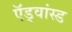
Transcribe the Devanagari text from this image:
ऍड्वांस्ड